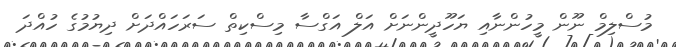
މުސްލިމް ނޫން މީހުންނާއި ޔަހޫދީންނަށް އަލް އަގްސާ މިސްކިތް ސަރަހައްދަށް ދިޔުމުގެ ހުއްދަ